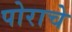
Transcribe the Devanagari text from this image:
पोराचे